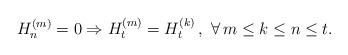
LaTeX: \begin{align*}H_{n}^{(m)}=0\Rightarrow H_{t}^{(m)}=H_{t}^{(k)}\,,\,\,\forall\,m\leq k\leq n\leq t.\end{align*}